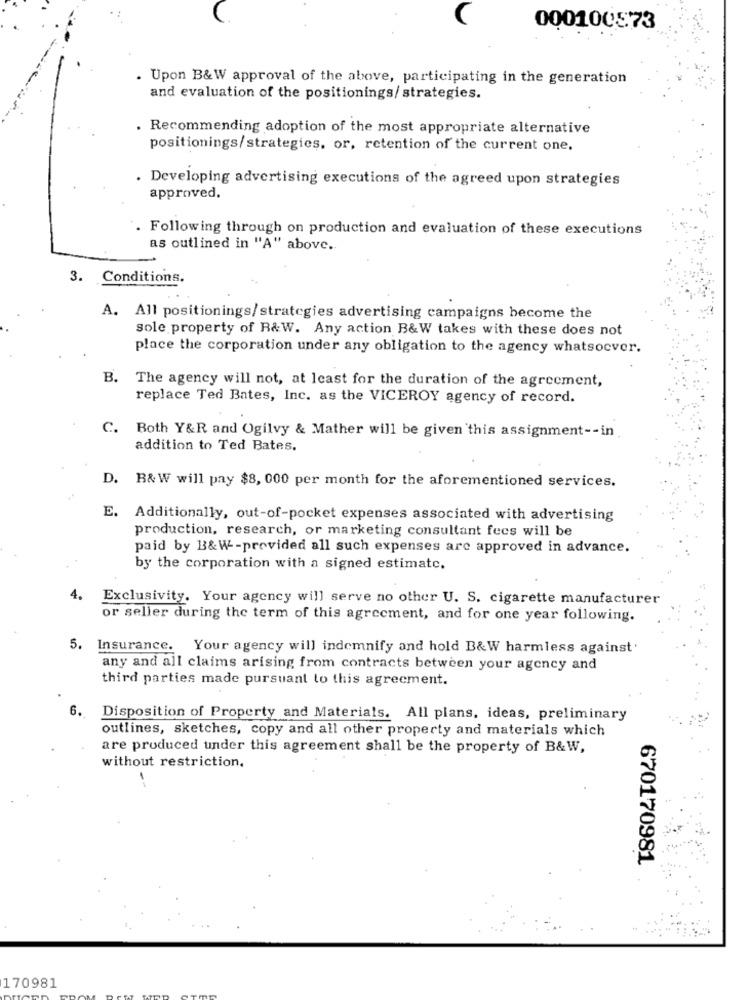
000100573
. Upon B&W approval of the above, participating in the generation
and evaluation of the positionings/ strategies.
. Recommending adoption of the most appropriate alternative
positionings/strategies. or, retention of the current one.
. Developing advertising executions of the agreed upon strategies
approved.
. Following through on production and evaluation of these executions
as outlined in "A" above.
3. Conditions.
A. All positionings/strategies advertising campaigns become the
sole property of B&W. Any action B&W takes with these does not
place the corporation under any obligation to the agency whatsoever.
B. The agency will not, at least for the duration of the agreement,
replace Ted Bates, Inc. as the VICEROY agency of record.
C. Both Y&R and Ogilvy & Mather will be given this assignment -- in
addition to Ted Bates.
D. B&W will pay $8, 000 per month for the aforementioned services.
E. Additionally, out-of-pocket expenses associated with advertising
production, research, or marketing consultant fees will be
paid by B&W-provided all such expenses are approved in advance.
by the corporation with a signed estimate.
4.
Exclusivity. Your agency will serve no other U. S. cigarette manufacturer
or seller during the term of this agreement, and for one year following.
5.
Insurance. Your agency will indemnify and hold B&W harmless against
any and all claims arising from contracts between your agency and
third parties made pursuant to this agreement.
6. Disposition of Property and Materials. All plans, ideas, preliminary
outlines, sketches, copy and all other property and materials which
are produced under this agreement shall be the property of B&W,
without restriction.
670170981
170981